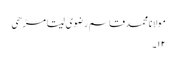
مولانا محمد قاسم رضوی سیتا مڑھی
۱۲۔